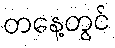
တနေ့တွင်